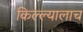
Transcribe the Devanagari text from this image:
किल्ल्यालाच